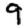
Digit: 9